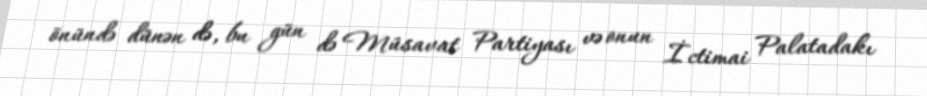
önündə dünən də, bu gün də Müsavat Partiyası və onun İctimai Palatadakı